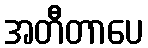
အတီတာပေ